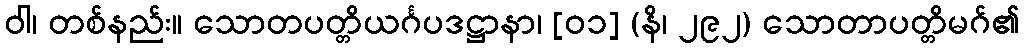
ဝါ၊ တစ်နည်း။ သောတပတ္တိယင်္ဂပဒဋ္ဌာနာ၊ [၀၁] (နိ၊ ၂၉၂) သောတာပတ္တိမဂ်၏